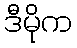
ဒီမိုက